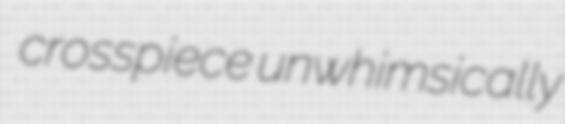
crosspiece unwhimsically